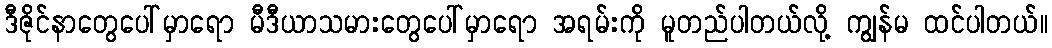
ဒီဇိုင်နာတွေပေါ်မှာရော မီဒီယာသမားတွေပေါ်မှာရော အရမ်းကို မူတည်ပါတယ်လို့ ကျွန်မ ထင်ပါတယ်။